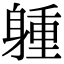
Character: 𨉢